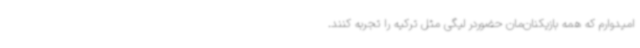
امیدوارم که همه بازیکنان‌مان حضوردر لیگی مثل ترکیه را تجربه کنند.